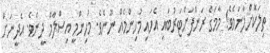
ތިލަކޮށްލާނަމެވެ! މާމަގެ ރަންފަށްޓަރުބައި އެހައި މުހިންމެއް ނޫނެވެ. މުހިންމީ އިސްލާމް ދީނެވެ. އެދީނަށް